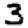
Digit: 3